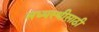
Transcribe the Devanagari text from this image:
मध्यस्थीसाठी